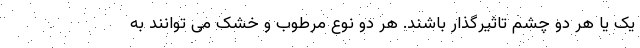
یک یا هر دو چشم تاثیرگذار باشند. هر دو نوع مرطوب و خشک می توانند به